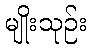
မျိုးသုဉ်း